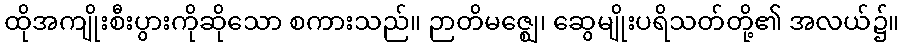
ထိုအကျိုးစီးပွားကိုဆိုသော စကားသည်။ ဉာတိမဇ္ဈေ၊ ဆွေမျိုးပရိသတ်တို့၏ အလယ်၌။